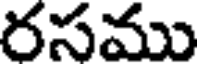
రసము